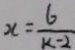
x = \frac { 6 } { k - 2 }